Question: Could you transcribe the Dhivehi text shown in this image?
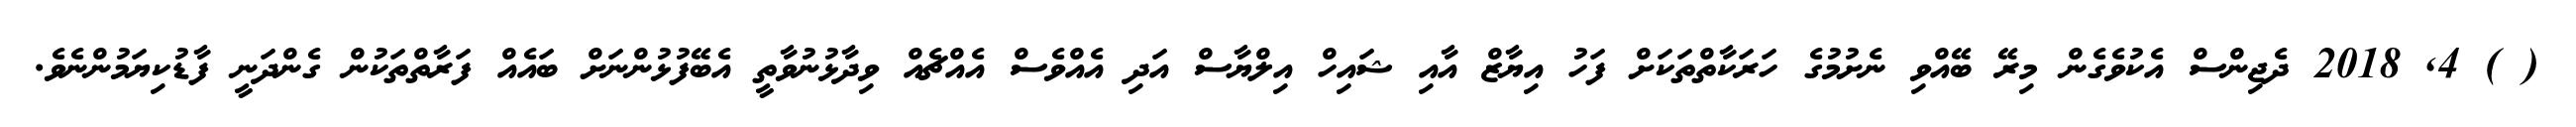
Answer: ( ) 4, 2018 ދެޖިންސް އެކުވެގެން މިރޭ ބޭއްވި ނެށުމުގެ ހަރަކާތްތަކަށް ފަހު އިޔާޒް އާއި ޝައިހް އިލްޔާސް އަދި އެއްވެސް އެއްޗެއް ވިދާޅުނުވާތީ އެބޭފުޅުންނަށް ބައެއް ފަރާތްތަކުން ގެންދަނީ ފާޑުކިޔަމުންނެވެ.